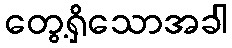
တွေ့ရှိသောအခါ